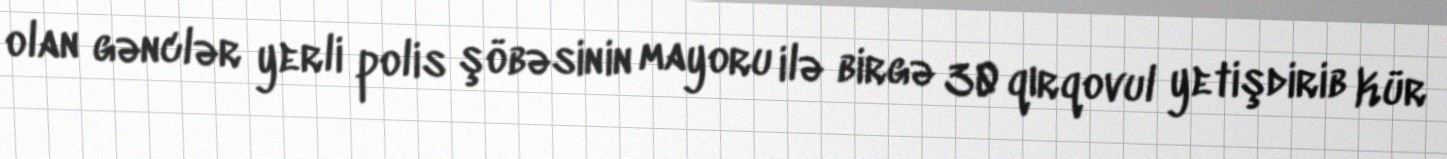
olan gənclər yerli polis şöbəsinin mayoru ilə birgə 30 qırqovul yetişdirib Kür